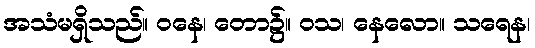
အသံမရှိသည်။ ဝနေ၊ တော၌။ ဝသ၊ နေလော။ သရေန၊